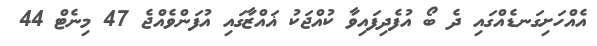
އެއްހަށިގަނޑެއްގައި ދެ ބޯ އުފެދިފައިވާ ކުއްޖަކު ޣައްޒާގައި އުފަންވެއްޖެ 47 މިނެޓް 44